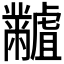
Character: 𪓐